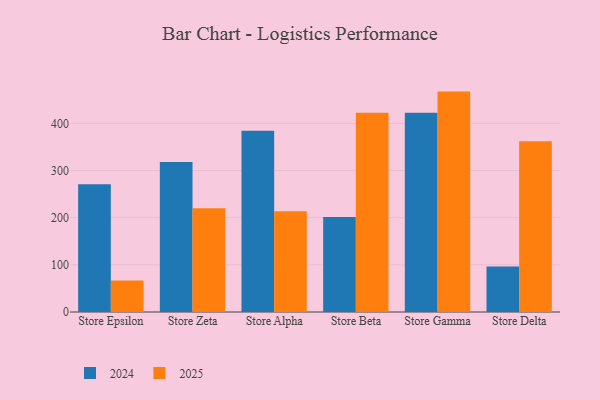
{"axis": {"x": "Store", "y": "Humidity (%)"}, "legend": ["2024", "2025"], "data": [{"x": "Store Epsilon", "y": 66.9, "type": "2025"}, {"x": "Store Epsilon", "y": 270.9, "type": "2024"}, {"x": "Store Zeta", "y": 219.8, "type": "2025"}, {"x": "Store Zeta", "y": 318.1, "type": "2024"}, {"x": "Store Alpha", "y": 213.6, "type": "2025"}, {"x": "Store Alpha", "y": 384.6, "type": "2024"}, {"x": "Store Beta", "y": 422.3, "type": "2025"}, {"x": "Store Beta", "y": 201.5, "type": "2024"}, {"x": "Store Gamma", "y": 467.4, "type": "2025"}, {"x": "Store Gamma", "y": 422.8, "type": "2024"}, {"x": "Store Delta", "y": 362.0, "type": "2025"}, {"x": "Store Delta", "y": 96.6, "type": "2024"}]}